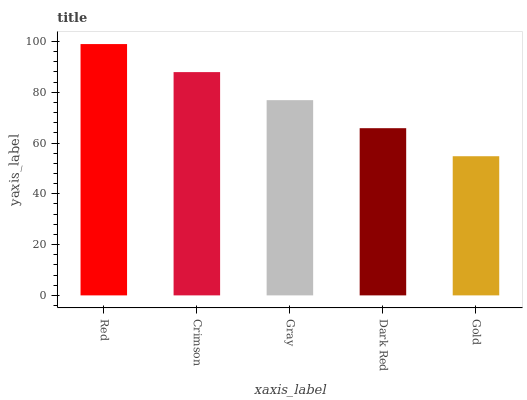
| xaxis_label | bars |
 | --- | --- |
 | Red | 99 |
 | Crimson | 88 |
 | Gray | 76.9 |
 | Dark Red | 65.9 |
 | Gold | 54.8 |